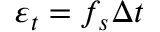
\varepsilon _ { t } = f _ { s } \Delta t